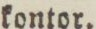
kontor.